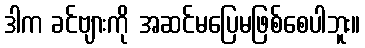
ဒါက ခင်ဗျားကို အဆင်မပြေမဖြစ်စေပါဘူး။